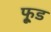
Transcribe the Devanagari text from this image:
फू़्ड